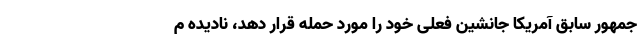
جمهور سابق آمریکا جانشین فعلی خود را مورد حمله قرار دهد، نادیده م